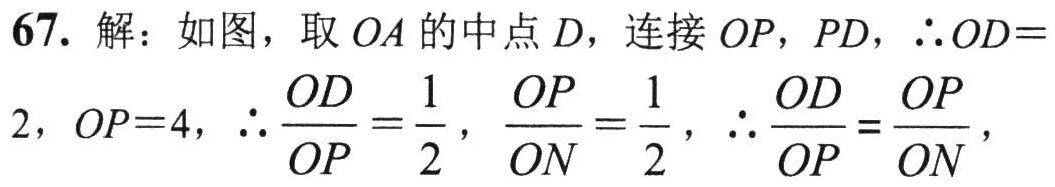
67. 解：如图，取 \(OA\) 的中点 \(D\)，连接 \(OP\)，\(PD\)，\(\therefore OD = \)
\(2\)，\(OP = 4\)，\(\therefore \frac{OD}{OP}=\frac{1}{2}\)，\(\frac{OP}{ON}=\frac{1}{2}\)，\(\therefore \frac{OD}{OP}=\frac{OP}{ON}\)，